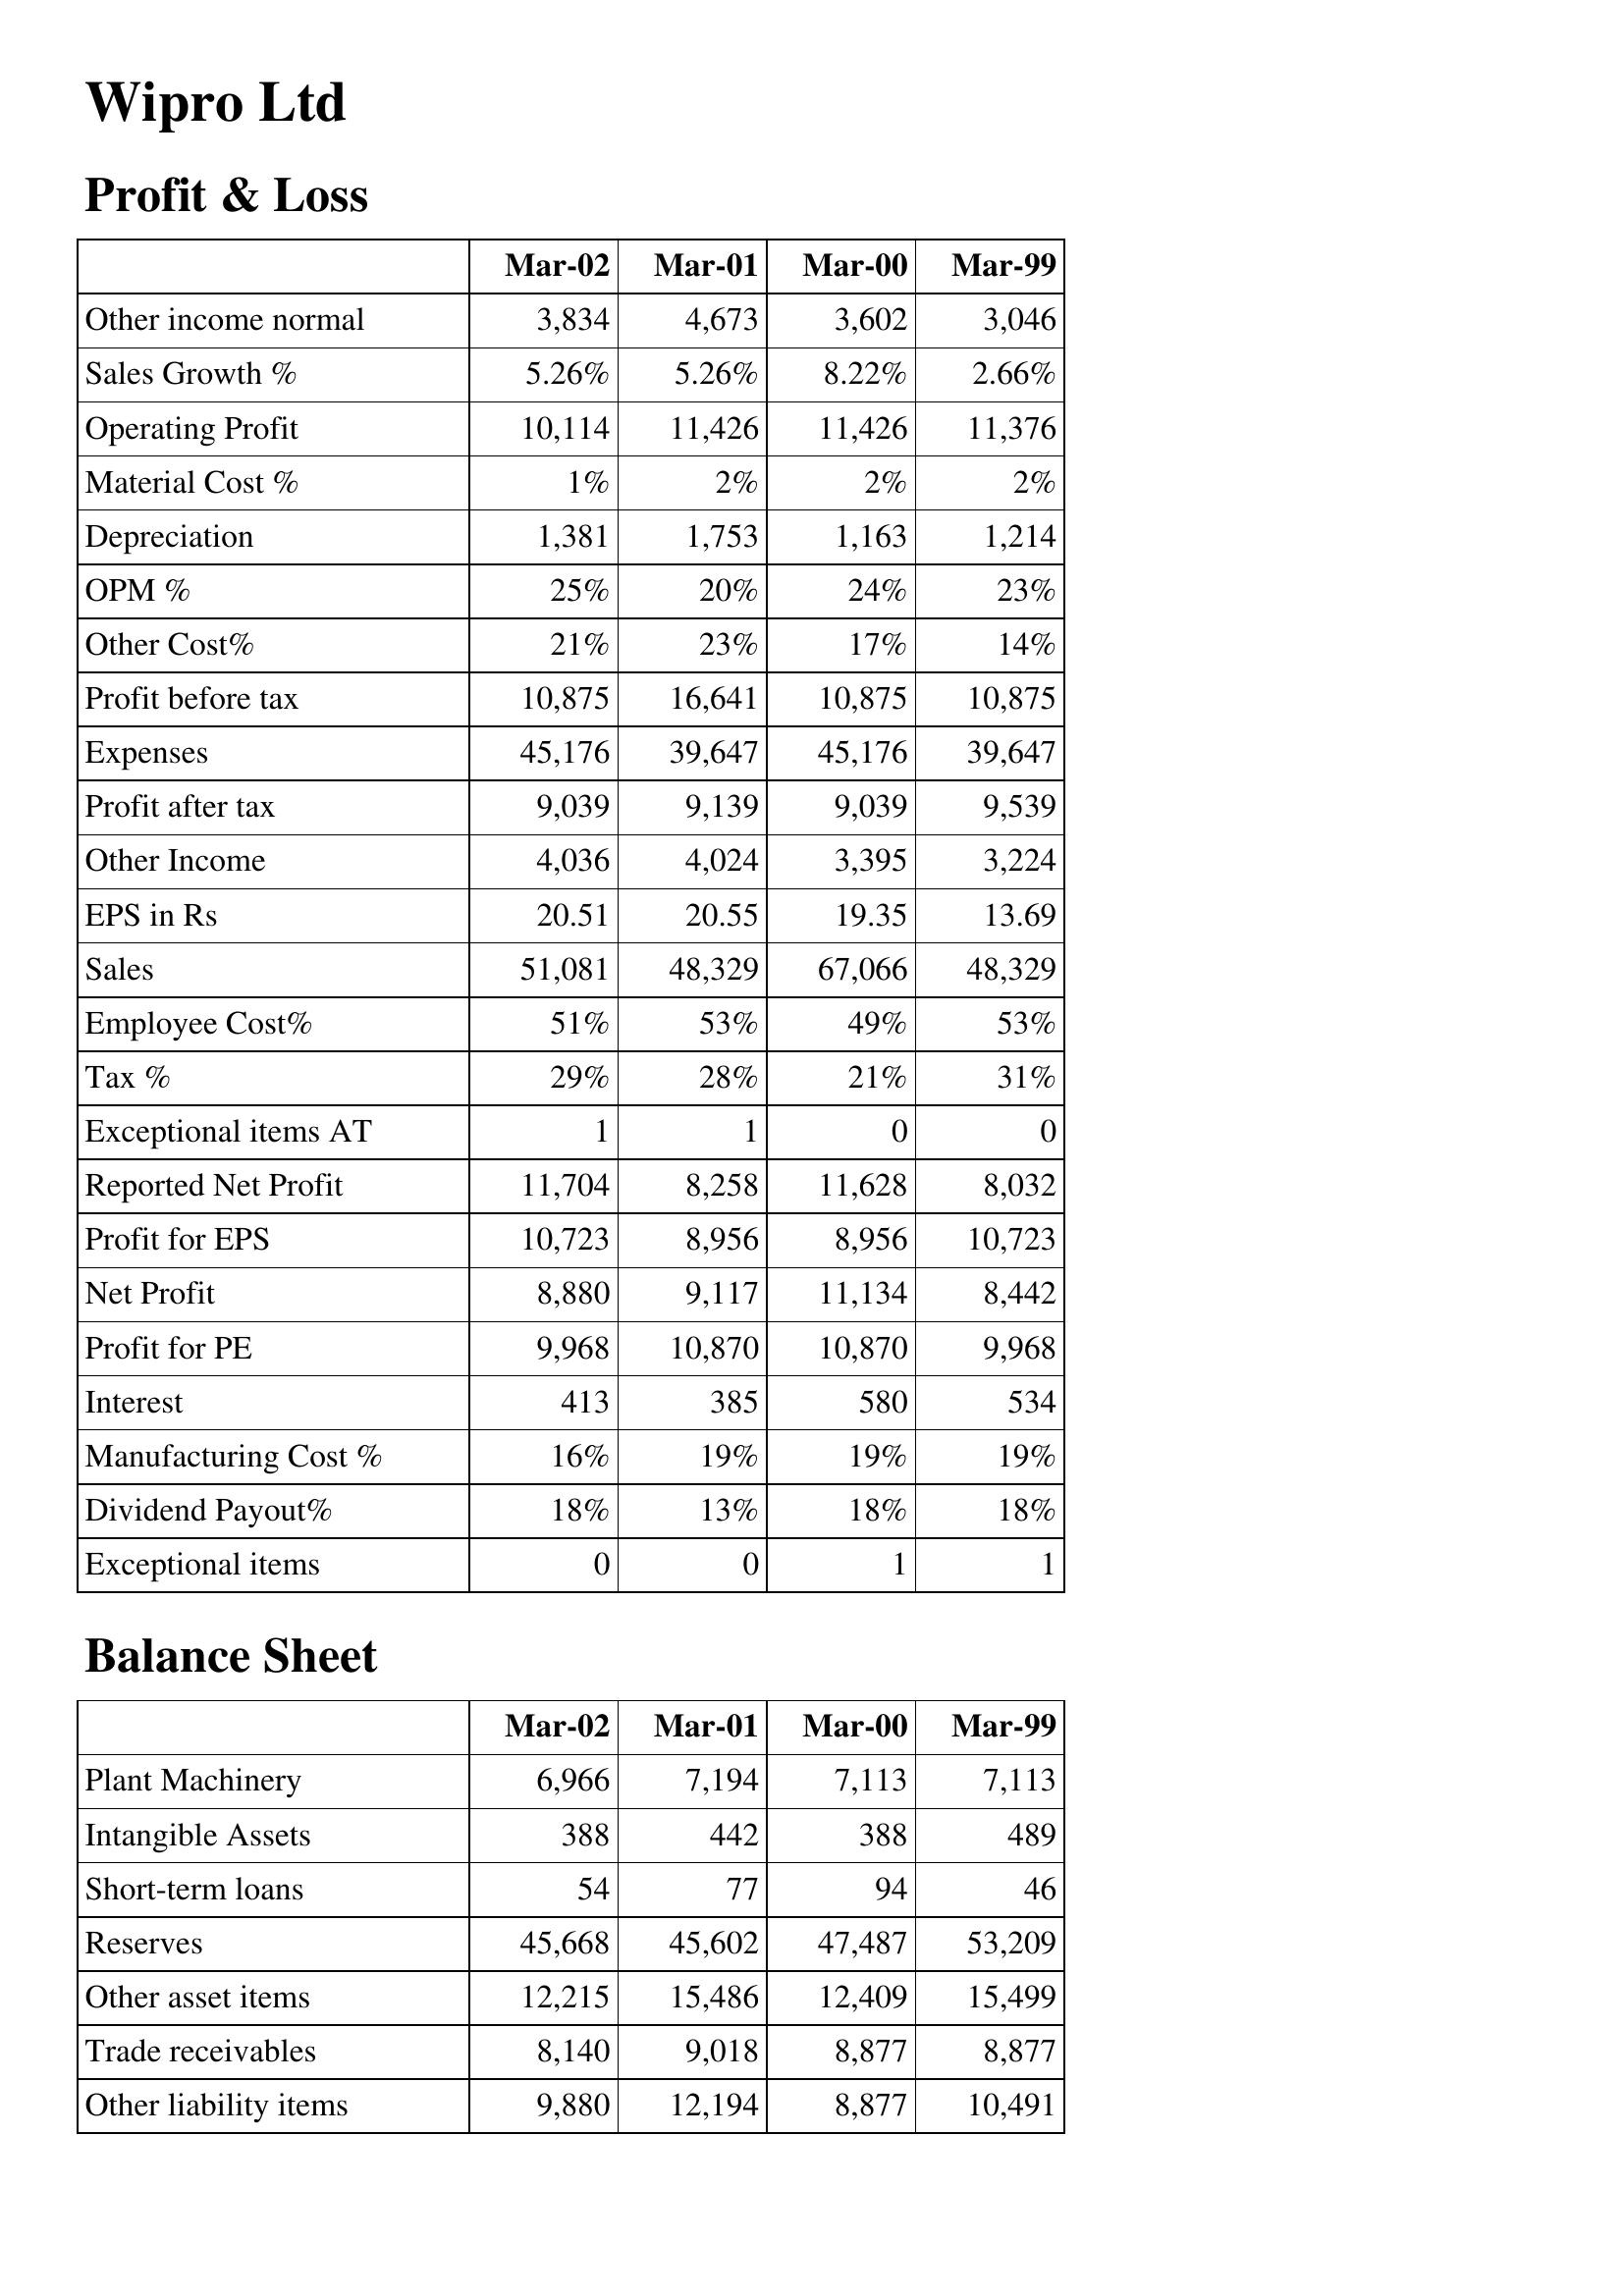
Mar-02: Profit & Loss: Other income normal: 3,834
Sales Growth %: 5.26%
Operating Profit: 10,114
Material Cost %: 1%
Depreciation: 1,381
OPM %: 25%
Other Cost%: 21%
Profit before tax: 10,875
Expenses: 45,176
Profit after tax: 9,039
Other Income: 4,036
EPS in Rs: 20.51
Sales: 51,081
Employee Cost%: 51%
Tax %: 29%
Exceptional items AT: 1
Reported Net Profit: 11,704
Profit for EPS: 10,723
Net Profit: 8,880
Profit for PE: 9,968
Interest: 413
Manufacturing Cost %: 16%
Dividend Payout%: 18%
Exceptional items: 0
Balance Sheet: Plant Machinery: 6,966
Intangible Assets: 388
Short-term loans: 54
Reserves: 45,668
Other asset items: 12,215
Trade receivables: 8,140
Other liability items: 9,880
Mar-01: Profit & Loss: Other income normal: 4,673
Sales Growth %: 5.26%
Operating Profit: 11,426
Material Cost %: 2%
Depreciation: 1,753
OPM %: 20%
Other Cost%: 23%
Profit before tax: 16,641
Expenses: 39,647
Profit after tax: 9,139
Other Income: 4,024
EPS in Rs: 20.55
Sales: 48,329
Employee Cost%: 53%
Tax %: 28%
Exceptional items AT: 1
Reported Net Profit: 8,258
Profit for EPS: 8,956
Net Profit: 9,117
Profit for PE: 10,870
Interest: 385
Manufacturing Cost %: 19%
Dividend Payout%: 13%
Exceptional items: 0
Balance Sheet: Plant Machinery: 7,194
Intangible Assets: 442
Short-term loans: 77
Reserves: 45,602
Other asset items: 15,486
Trade receivables: 9,018
Other liability items: 12,194
Mar-00: Profit & Loss: Other income normal: 3,602
Sales Growth %: 8.22%
Operating Profit: 11,426
Material Cost %: 2%
Depreciation: 1,163
OPM %: 24%
Other Cost%: 17%
Profit before tax: 10,875
Expenses: 45,176
Profit after tax: 9,039
Other Income: 3,395
EPS in Rs: 19.35
Sales: 67,066
Employee Cost%: 49%
Tax %: 21%
Exceptional items AT: 0
Reported Net Profit: 11,628
Profit for EPS: 8,956
Net Profit: 11,134
Profit for PE: 10,870
Interest: 580
Manufacturing Cost %: 19%
Dividend Payout%: 18%
Exceptional items: 1
Balance Sheet: Plant Machinery: 7,113
Intangible Assets: 388
Short-term loans: 94
Reserves: 47,487
Other asset items: 12,409
Trade receivables: 8,877
Other liability items: 8,877
Mar-99: Profit & Loss: Other income normal: 3,046
Sales Growth %: 2.66%
Operating Profit: 11,376
Material Cost %: 2%
Depreciation: 1,214
OPM %: 23%
Other Cost%: 14%
Profit before tax: 10,875
Expenses: 39,647
Profit after tax: 9,539
Other Income: 3,224
EPS in Rs: 13.69
Sales: 48,329
Employee Cost%: 53%
Tax %: 31%
Exceptional items AT: 0
Reported Net Profit: 8,032
Profit for EPS: 10,723
Net Profit: 8,442
Profit for PE: 9,968
Interest: 534
Manufacturing Cost %: 19%
Dividend Payout%: 18%
Exceptional items: 1
Balance Sheet: Plant Machinery: 7,113
Intangible Assets: 489
Short-term loans: 46
Reserves: 53,209
Other asset items: 15,499
Trade receivables: 8,877
Other liability items: 10,491